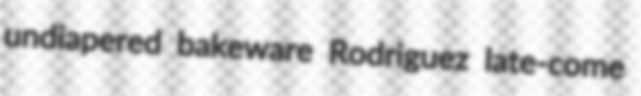
undiapered bakeware Rodriguez late-come